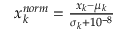
\begin{array} { r } { x _ { k } ^ { n o r m } = \frac { x _ { k } - \mu _ { k } } { \sigma _ { k } + 1 0 ^ { - 8 } } } \end{array}